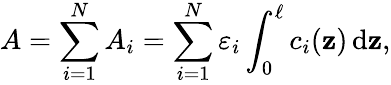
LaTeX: A=\sum_{i=1}^{N}A_{i}=\sum_{i=1}^{N}\varepsilon_{i}\int_{0}^{\ell}c_{i}(\mathbf{z})\, \mathrm{{d}}\mathbf{z},